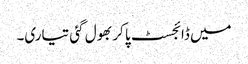
میں ڈائجسٹ پا کر بھول گئی تیاری۔